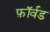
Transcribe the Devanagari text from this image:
फ़ॉर्वड